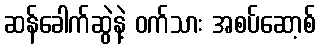
ဆန်ခေါက်ဆွဲနဲ့ ဝက်သား အစပ်ဆော့စ်